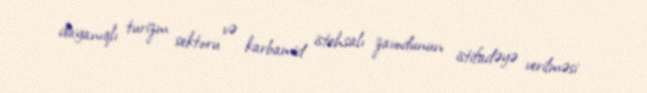
dayanıqlı turizm sektoru və karbamid istehsalı zavodunun istifadəyə verilməsi